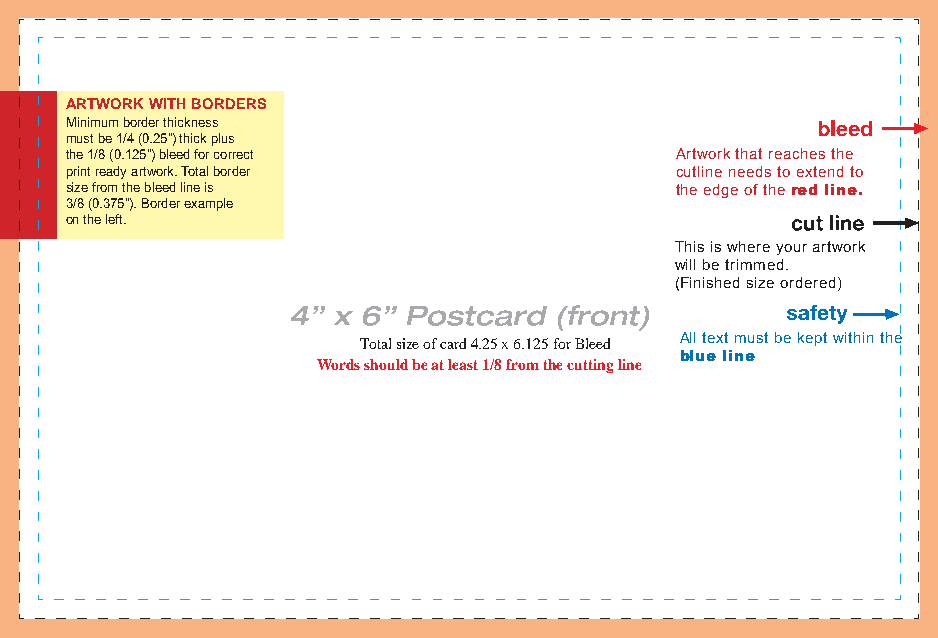
ARTWORK WITH BORDERS
 Minimum border thickness
 must be 1/4 (0.25”) thick plus
 the 1/8 (0.125”) bleed for correct       Artwork that reaches the
 print ready artwork. Total border        cutline needs to extend to
 size from the bleed line is              the edge of the red line.
 3/8 (0.375”). Border example
 on the left.
 This is where your artwork
 will be trimmed.
 (Finished size ordered)
 Total size of card 4.25 x 6.125 for Bleed All text must be kept within the
 blue line
 Words should be at least 1/8 from the cutting line